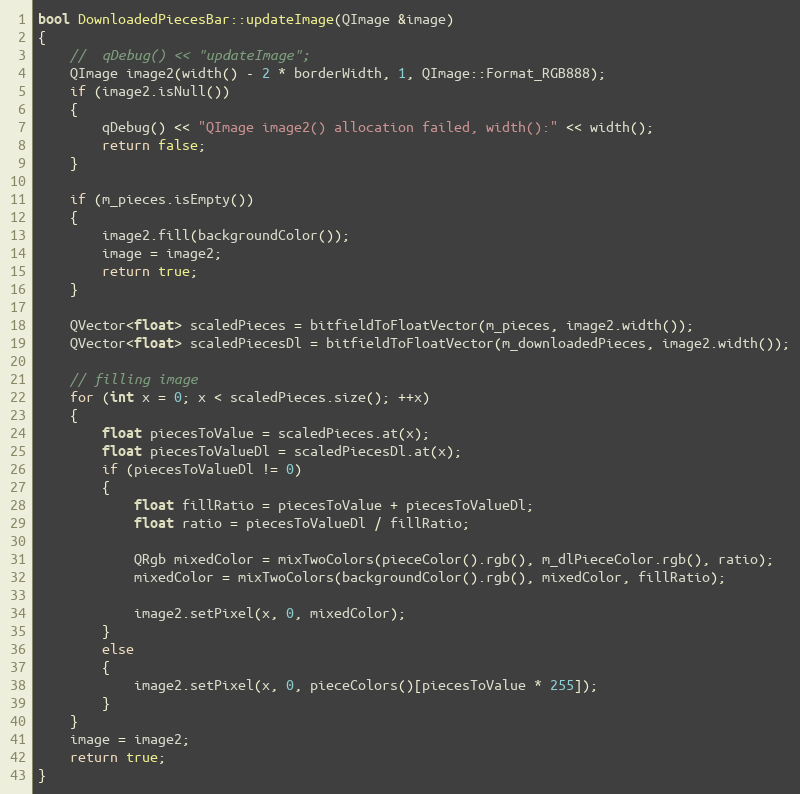
Language: C++
bool DownloadedPiecesBar::updateImage(QImage &image)
{
    //  qDebug() << "updateImage";
    QImage image2(width() - 2 * borderWidth, 1, QImage::Format_RGB888);
    if (image2.isNull())
    {
        qDebug() << "QImage image2() allocation failed, width():" << width();
        return false;
    }

    if (m_pieces.isEmpty())
    {
        image2.fill(backgroundColor());
        image = image2;
        return true;
    }

    QVector<float> scaledPieces = bitfieldToFloatVector(m_pieces, image2.width());
    QVector<float> scaledPiecesDl = bitfieldToFloatVector(m_downloadedPieces, image2.width());

    // filling image
    for (int x = 0; x < scaledPieces.size(); ++x)
    {
        float piecesToValue = scaledPieces.at(x);
        float piecesToValueDl = scaledPiecesDl.at(x);
        if (piecesToValueDl != 0)
        {
            float fillRatio = piecesToValue + piecesToValueDl;
            float ratio = piecesToValueDl / fillRatio;

            QRgb mixedColor = mixTwoColors(pieceColor().rgb(), m_dlPieceColor.rgb(), ratio);
            mixedColor = mixTwoColors(backgroundColor().rgb(), mixedColor, fillRatio);

            image2.setPixel(x, 0, mixedColor);
        }
        else
        {
            image2.setPixel(x, 0, pieceColors()[piecesToValue * 255]);
        }
    }
    image = image2;
    return true;
}